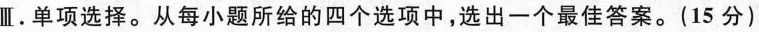
Ⅲ.单项选择.从每小题所给的四个选项中,选出一个最佳答案.(15 分)